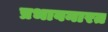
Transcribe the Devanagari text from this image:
प्रभावनारत